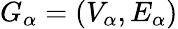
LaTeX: G_{\alpha}=(V_{\alpha},E_{\alpha})